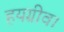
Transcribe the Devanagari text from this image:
हयग्रीव।